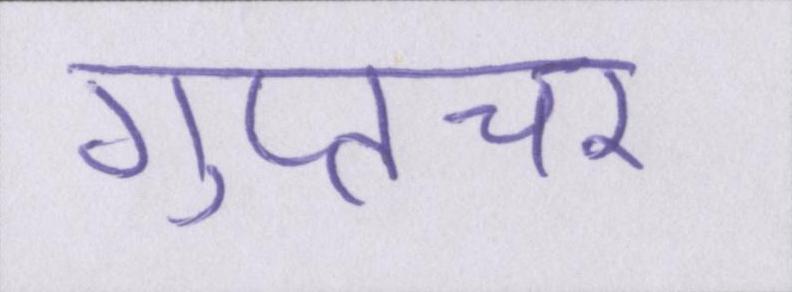
गुप्तचर